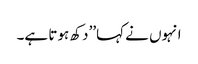
انہوں نے کہا’’دکھ ہوتا ہے۔